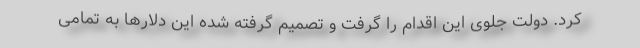
کرد. دولت جلوی این اقدام را گرفت و تصمیم گرفته شده این دلارها به تمامی